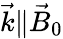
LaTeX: {\vec{k}}\| {\vec{B}}_{0}